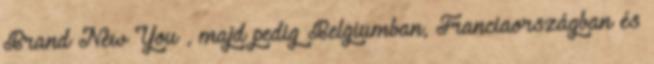
Brand New You , majd pedig Belgiumban, Franciaországban és